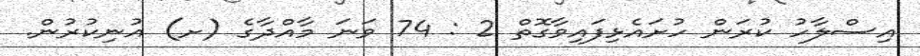
އިސްލާހު ކުރަން ހުށައެޅިފައިވާގޮތް 2 : 74 ވަނަ މާއްދާގެ (ށ) އުނިކުރުން.